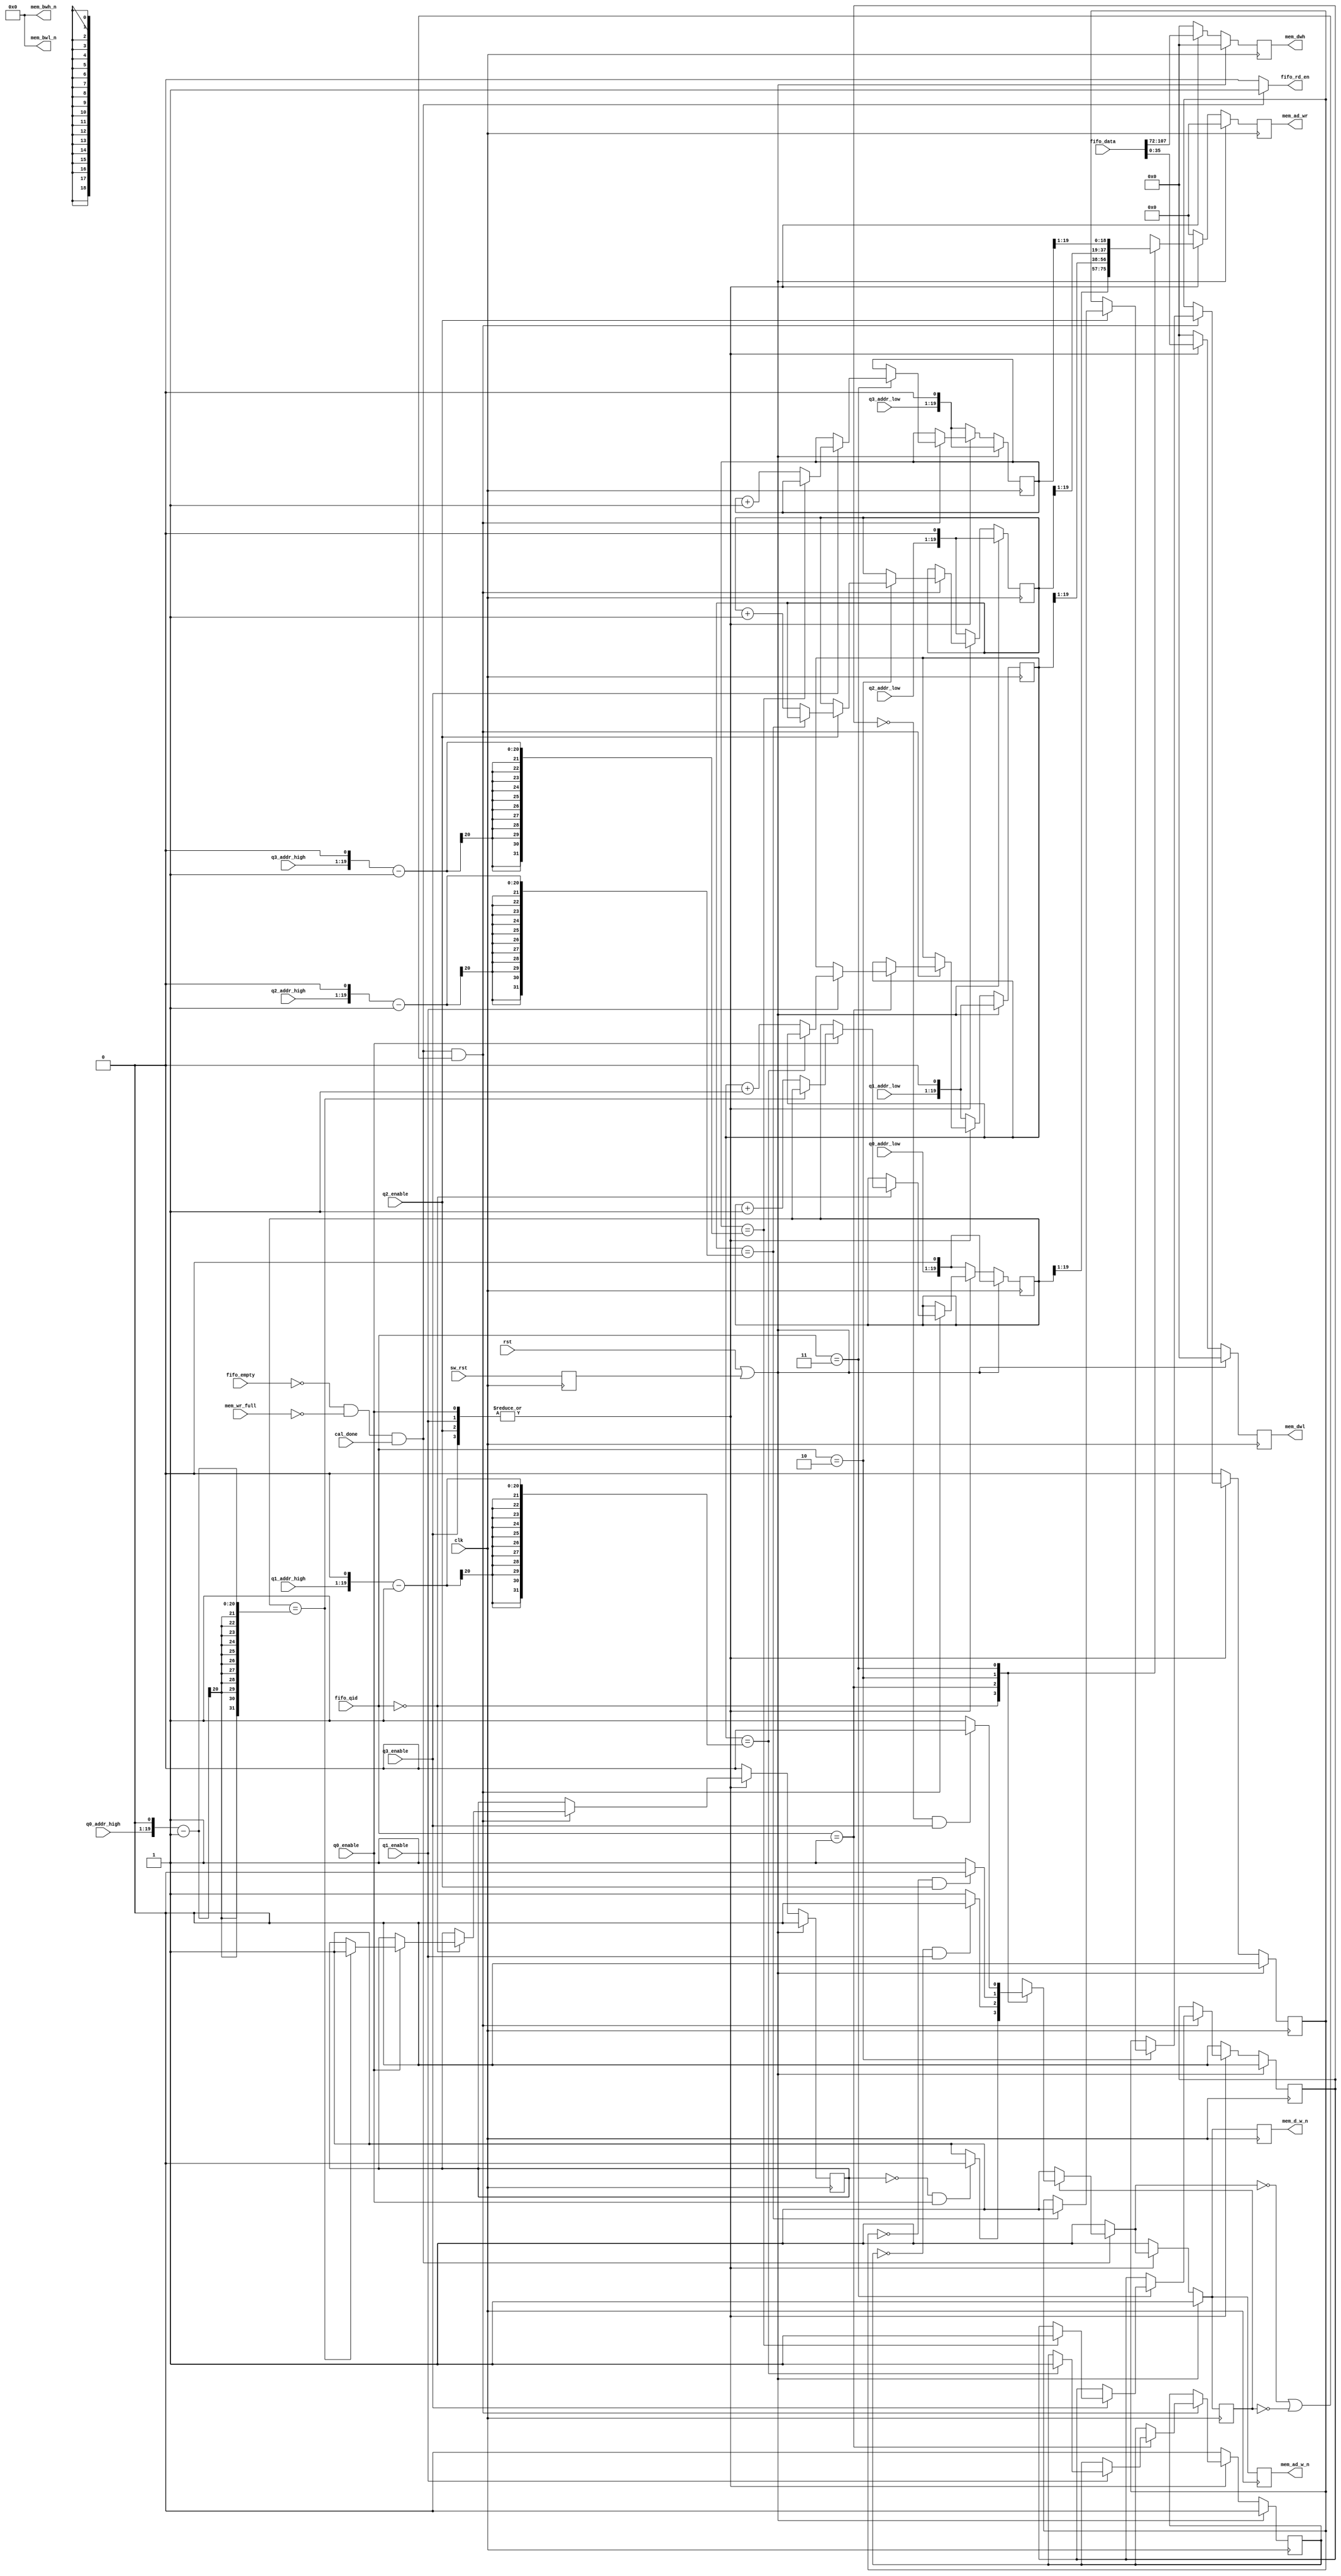
/*******************************************************************************
 *
 *  NetFPGA-10G http://www.netfpga.org
 *
 *  File:
 *        fifo_to_mem.v
 *
 *  Library:
 *        hw/osnt/pcores/nf10_pcap_replay_uengine_v1_00_a
 *
 *  Module:
 *        fifo_to_mem
 *
 *  Author:
 *        Muhammad Shahbaz
 *
 *  Description:
 *
 *
 *  Copyright notice:
 *        Copyright (C) 2010, 2011 The Board of Trustees of The Leland Stanford
 *                                 Junior University
 *
 *  Licence:
 *        This file is part of the NetFPGA 10G development base package.
 *
 *        This file is free code: you can redistribute it and/or modify it under
 *        the terms of the GNU Lesser General Public License version 2.1 as
 *        published by the Free Software Foundation.
 *
 *        This package is distributed in the hope that it will be useful, but
 *        WITHOUT ANY WARRANTY; without even the implied warranty of
 *        MERCHANTABILITY or FITNESS FOR A PARTICULAR PURPOSE.  See the GNU
 *        Lesser General Public License for more details.
 *
 *        You should have received a copy of the GNU Lesser General Public
 *        License along with the NetFPGA source package.  If not, see
 *        http://www.gnu.org/licenses/.
 *
 */

// NOTE:
// (1) The burst of 4 is inherently covered with AXIS data wigth 256. The QID won't change
//		 until the burst is complete. 

module fifo_to_mem
#(
		parameter NUM_QUEUES       		 = 4,
		parameter NUM_QUEUES_BITS 		 = log2(NUM_QUEUES),
    parameter FIFO_DATA_WIDTH      = 144,
		parameter MEM_ADDR_WIDTH       = 19,
		parameter MEM_DATA_WIDTH       = 36,
		parameter MEM_BW_WIDTH         = 4,
		parameter MEM_BURST_LENGTH     = 4,
		parameter MEM_ADDR_LOW         = 0,
		parameter MEM_ADDR_HIGH        = MEM_ADDR_LOW+(2**MEM_ADDR_WIDTH)
)
(
    // Global Ports
    input                             clk,
		input															rst,
		
    // FIFO Ports
    output reg                        fifo_rd_en,
    input [FIFO_DATA_WIDTH-1:0]       fifo_data,
		input [NUM_QUEUES_BITS-1:0]				fifo_qid,
    input                             fifo_empty,
		
		// Memory Ports
    output reg                  			mem_ad_w_n,
		input															mem_wr_full,
    output reg [MEM_ADDR_WIDTH-1:0]  	mem_ad_wr,
		
    output reg 	                			mem_d_w_n,
    output [MEM_BW_WIDTH-1:0]    			mem_bwh_n,
    output [MEM_BW_WIDTH-1:0]    			mem_bwl_n,
    output reg [MEM_DATA_WIDTH-1:0]  	mem_dwl,
    output reg [MEM_DATA_WIDTH-1:0]  	mem_dwh,

    // Misc
		input [MEM_ADDR_WIDTH-1:0]  			q0_addr_low,
		input [MEM_ADDR_WIDTH-1:0]  			q0_addr_high,
		input [MEM_ADDR_WIDTH-1:0]  			q1_addr_low,
		input [MEM_ADDR_WIDTH-1:0]  			q1_addr_high,
		input [MEM_ADDR_WIDTH-1:0]  			q2_addr_low,
		input [MEM_ADDR_WIDTH-1:0]  			q2_addr_high,
		input [MEM_ADDR_WIDTH-1:0]  			q3_addr_low,
		input [MEM_ADDR_WIDTH-1:0]  			q3_addr_high,
		
		input															q0_enable,
		input															q1_enable,
		input															q2_enable,
		input															q3_enable,
		
    input                             sw_rst,
		input															cal_done
);

  // -- Local Functions
  function integer log2;
    input integer number;
    begin
       log2=0;
       while(2**log2<number) begin
          log2=log2+1;
       end
    end
  endfunction

  // -- Internal Parameters
	
	// -- Signals
	
	reg													sw_rst_r;
	
	wire 												enable;
	
	reg [MEM_ADDR_WIDTH:0] 			mem_ad_wr_r0;
	reg 		  						 			mem_full_r0;
	reg [MEM_ADDR_WIDTH:0] 			mem_ad_wr_r1;
	reg 		  						 			mem_full_r1;
	reg [MEM_ADDR_WIDTH:0] 			mem_ad_wr_r2;
	reg 		  						 			mem_full_r2;
	reg [MEM_ADDR_WIDTH:0] 			mem_ad_wr_r3;
	reg 		  						 			mem_full_r3;
	
	reg   									 		mem_wr_n_r;
	reg 									 	 		mem_wr_n_c;
  reg [MEM_DATA_WIDTH-1:0] 		mem_dwl_c;
  reg [MEM_DATA_WIDTH-1:0] 		mem_dwh_c;
	
	// -- Assignments
	
	assign mem_bwh_n = {MEM_BW_WIDTH{1'b0}};
  assign mem_bwl_n = {MEM_BW_WIDTH{1'b0}};
	
	always @ (posedge clk) begin
		sw_rst_r <= sw_rst;
	end
	
	assign enable = |{q3_enable, q2_enable, q1_enable, q0_enable};
	
	// -- Modules and Logic
	
  always @ * begin
		fifo_rd_en = 0;
			
		mem_dwl_c  = fifo_data[FIFO_DATA_WIDTH/2-1:0];
		mem_dwh_c  = fifo_data[FIFO_DATA_WIDTH-1:FIFO_DATA_WIDTH/2];
		mem_wr_n_c = 1;
		
	  if (!fifo_empty && !mem_wr_full && cal_done) begin
			// Note: (1) We continue to drain the FIFO even if the respective queue is not enable or full
			//       (2) We are not checking the end-of-packet here. In case of FIFO full, partial packet can remain in the FIFO. Its the responsibility of the    
			//           Software to ensure that this doesn't happen.
			//       (3) Add counters for the number of packets written in the memory.
			fifo_rd_en = 1;
			
		  if (mem_wr_n_r) begin
				case (fifo_qid)
					'd0: if (!mem_full_r0 && q0_enable) mem_wr_n_c = 0;
					'd1: if (!mem_full_r1 && q1_enable) mem_wr_n_c = 0;
					'd2: if (!mem_full_r2 && q2_enable) mem_wr_n_c = 0;
					'd3: if (!mem_full_r3 && q3_enable) mem_wr_n_c = 0;
				endcase
			end
		end
	end
	
  always @ (posedge clk) begin
    if(rst || sw_rst_r) begin
			mem_wr_n_r 	 <= 1;
			mem_ad_w_n   <= 1;
			mem_d_w_n    <= 1;
			mem_dwl      <= {MEM_DATA_WIDTH{1'b0}};
			mem_dwh      <= {MEM_DATA_WIDTH{1'b0}};
			mem_ad_wr    <= MEM_ADDR_LOW;
			mem_full_r0  <= 0;
			mem_ad_wr_r0 <= {q0_addr_low, 1'b0};
			mem_full_r1  <= 0;
			mem_ad_wr_r1 <= {q1_addr_low, 1'b0};
			mem_full_r2  <= 0;
			mem_ad_wr_r2 <= {q2_addr_low, 1'b0};
			mem_full_r3  <= 0;
			mem_ad_wr_r3 <= {q3_addr_low, 1'b0};
    end
		else if (!enable) begin
			mem_wr_n_r 	 <= 1;
			mem_ad_w_n   <= 1;
			mem_d_w_n    <= 1;
			mem_dwl      <= {MEM_DATA_WIDTH{1'b0}};
			mem_dwh      <= {MEM_DATA_WIDTH{1'b0}};
			mem_ad_wr    <= MEM_ADDR_LOW;
			mem_full_r0  <= 0;
			mem_ad_wr_r0 <= {q0_addr_low, 1'b0};
			mem_full_r1  <= 0;
			mem_ad_wr_r1 <= {q1_addr_low, 1'b0};
			mem_full_r2  <= 0;
			mem_ad_wr_r2 <= {q2_addr_low, 1'b0};
			mem_full_r3  <= 0;
			mem_ad_wr_r3 <= {q3_addr_low, 1'b0};
    end
    else begin
			mem_wr_n_r <= mem_wr_n_c;
			mem_ad_w_n <= mem_wr_n_c;
			mem_d_w_n  <= mem_wr_n_c;
			mem_dwl  	 <= mem_dwl_c;
			mem_dwh 	 <= mem_dwh_c;
			
			if (!fifo_empty && !mem_wr_full && cal_done && (!mem_wr_n_c || !mem_wr_n_r)) begin
				case (fifo_qid)
					'd0: begin
						if (q0_enable) begin
							if (mem_ad_wr_r0 == ({q0_addr_high, 1'b0}-1)) 
								mem_full_r0 <= 1;
							else
								mem_ad_wr_r0 <= mem_ad_wr_r0+1;
						end
					end
					'd1: begin
						if (q1_enable) begin
							if (mem_ad_wr_r1 == ({q1_addr_high, 1'b0}-1)) 
								mem_full_r1 <= 1;
							else
								mem_ad_wr_r1 <= mem_ad_wr_r1+1;
						end
					end
					'd2: begin
						if (q2_enable) begin
							if (mem_ad_wr_r2 == ({q2_addr_high, 1'b0}-1)) 
								mem_full_r2 <= 1;
							else
								mem_ad_wr_r2 <= mem_ad_wr_r2+1;
						end
					end
					'd3: begin
						if (q3_enable) begin
							if (mem_ad_wr_r3 == ({q3_addr_high, 1'b0}-1)) 
								mem_full_r3 <= 1;
							else
								mem_ad_wr_r3 <= mem_ad_wr_r3+1;
						end
					end
				endcase
			end
			
			case (fifo_qid)
				'd0: mem_ad_wr <= mem_ad_wr_r0[MEM_ADDR_WIDTH:1];
				'd1: mem_ad_wr <= mem_ad_wr_r1[MEM_ADDR_WIDTH:1];
				'd2: mem_ad_wr <= mem_ad_wr_r2[MEM_ADDR_WIDTH:1];
				'd3: mem_ad_wr <= mem_ad_wr_r3[MEM_ADDR_WIDTH:1];
			endcase
		end
	end
	
endmodule